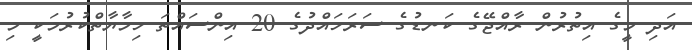
އަދި މީގެ އިތުރުން ރާއްޖޭގެ ކަނޑުގެ ސަރަހައްދުގެ 20 އިންސައްތަ ހިމާޔާތްކުރުމަކީ މި